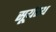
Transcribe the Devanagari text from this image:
सूर्यस्थ